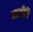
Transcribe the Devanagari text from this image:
अप्रतीति